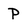
Character: P